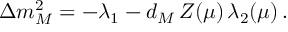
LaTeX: \Delta m _ { M } ^ { 2 } = - \lambda _ { 1 } - d _ { M } \, Z ( \mu ) \, \lambda _ { 2 } ( \mu ) \, .